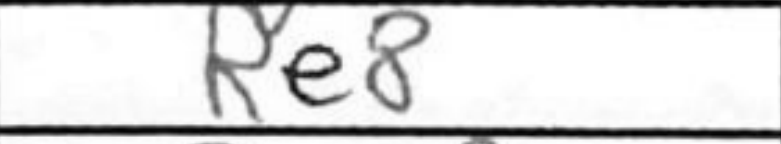
Transcription: Re8